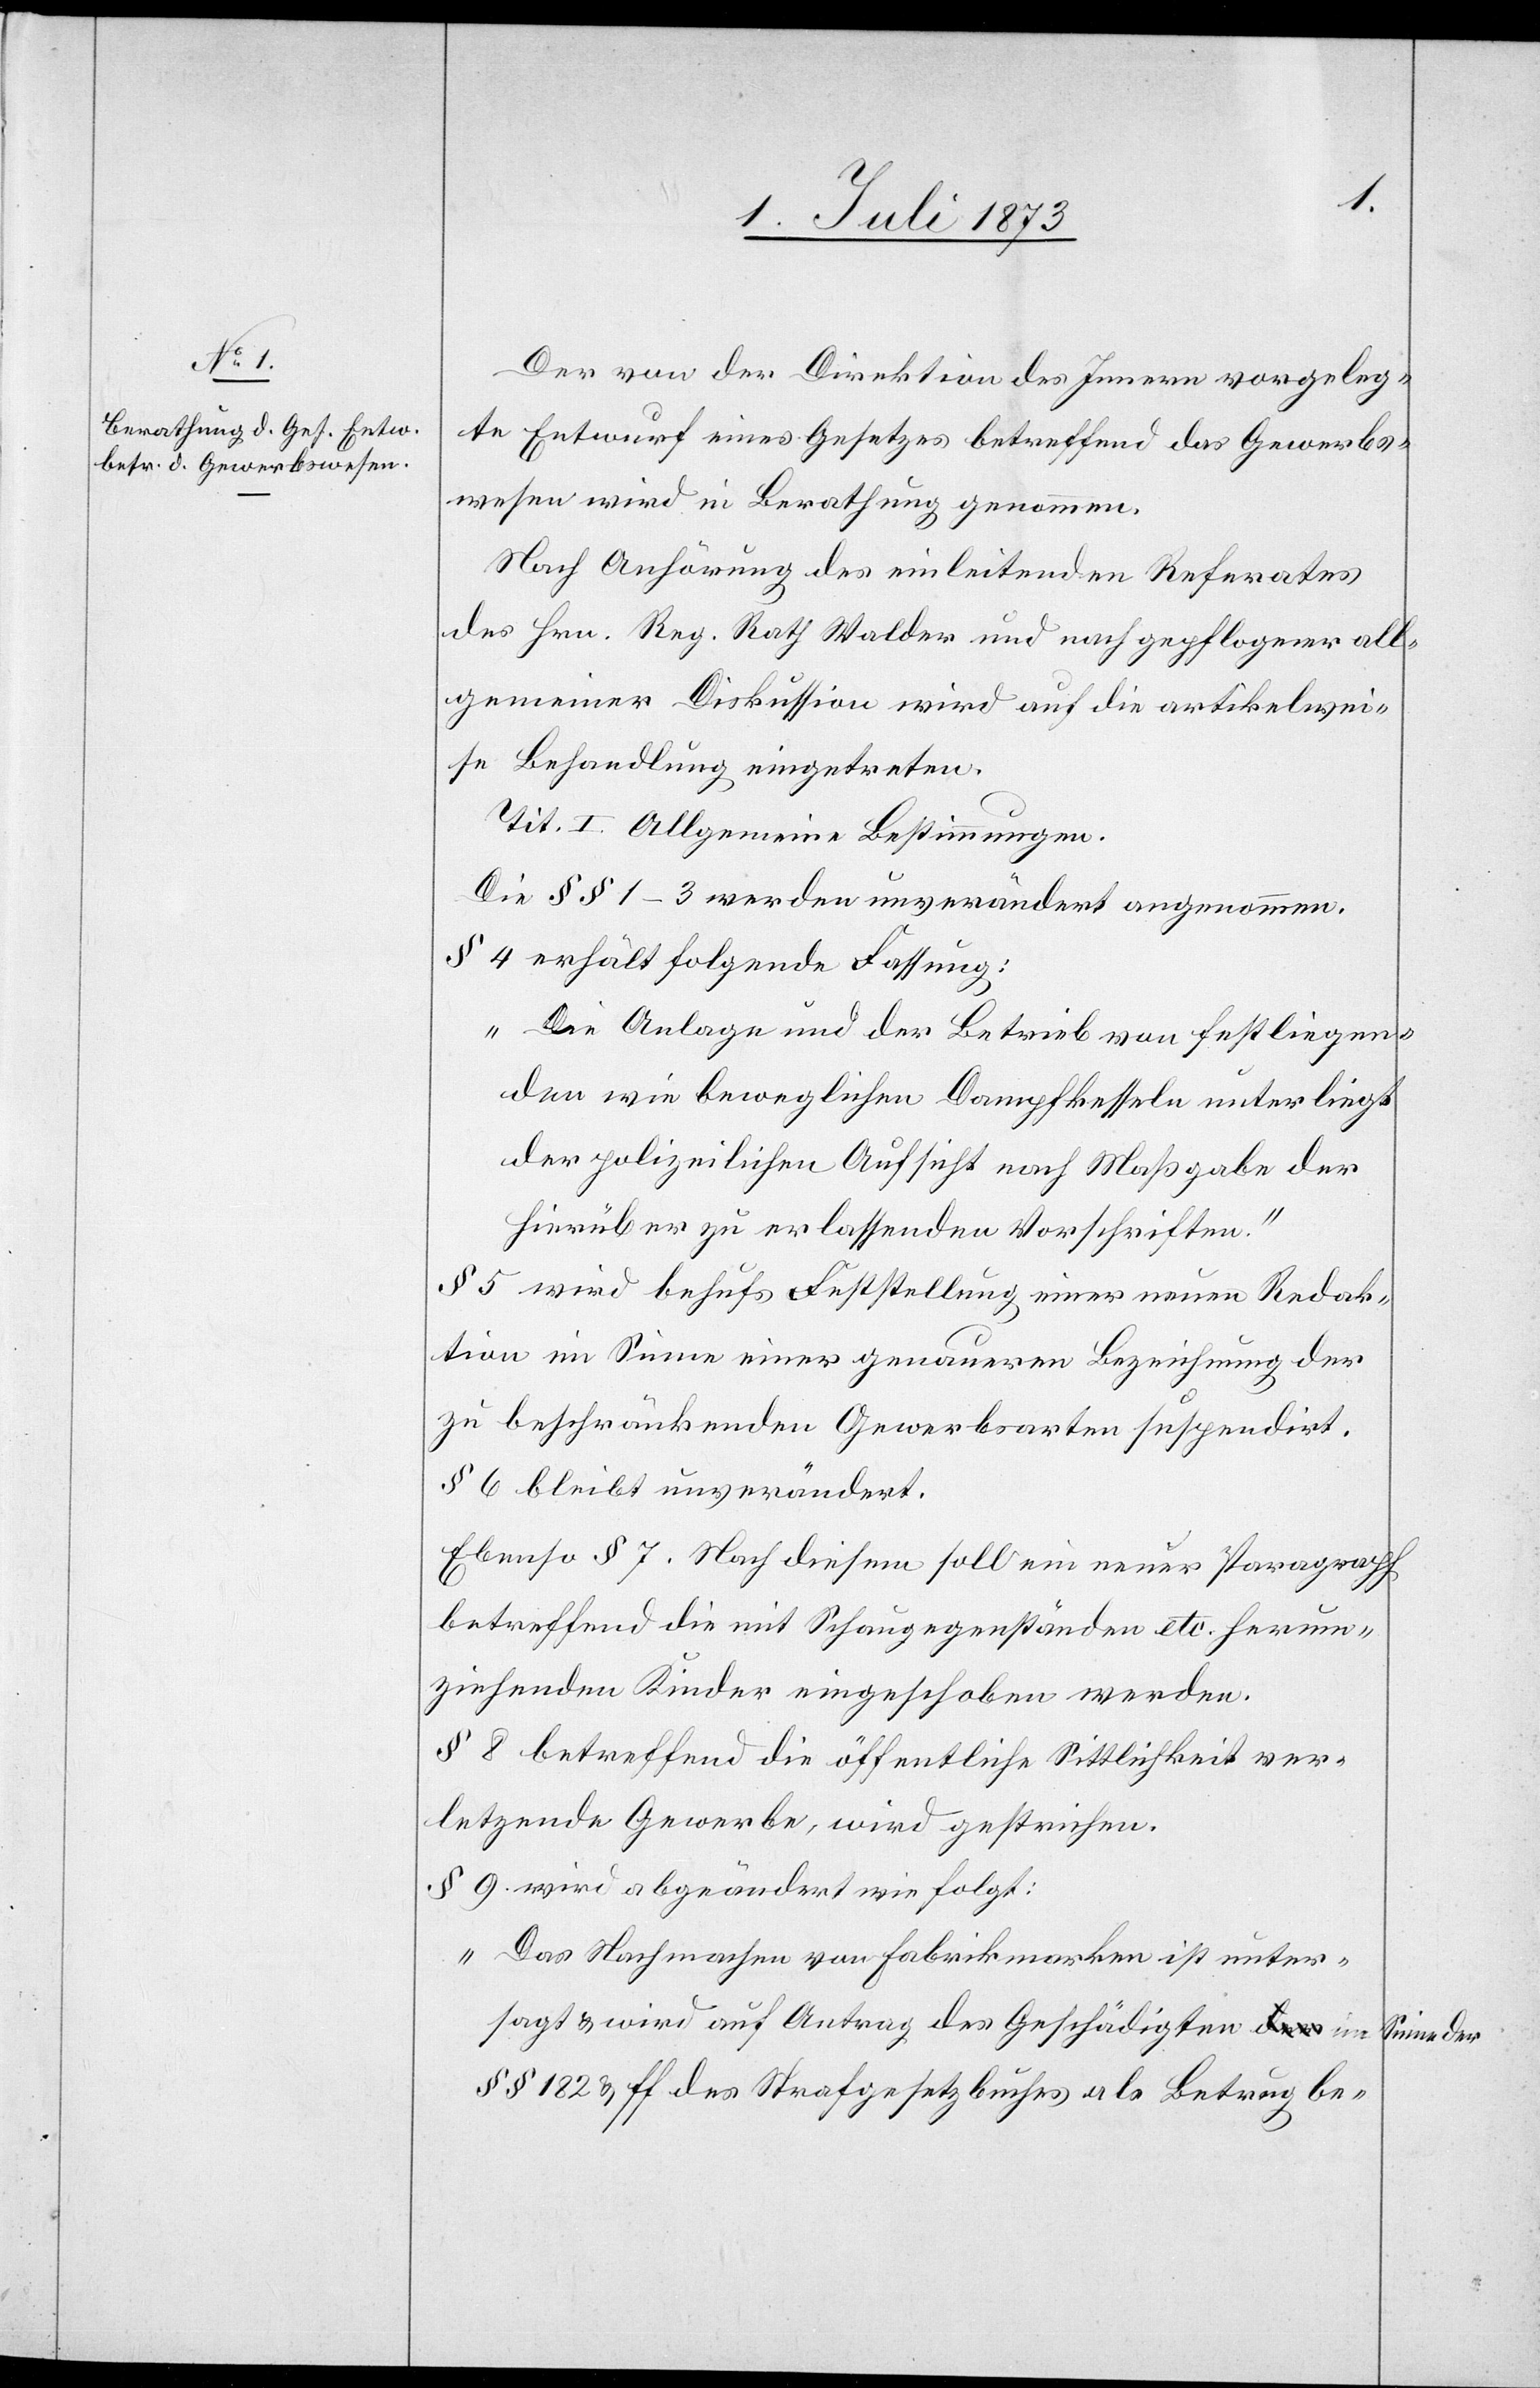
Der von der Direktion des Innern vorgeleg¬
te Entwurf eines Gesetzes betreffend das Gewerbs¬
wesen wird in Berathung genommen.
Nach Anhörung des einleitenden Referates
des Hrn. Reg. Rath Walder und nach gepflogener all¬
gemeiner Diskussion wird auf die artikelwei¬
se Behandlung eingetreten.
Tit. I. Allgemeine Bestimmungen.
Die § § 1–3 werden unverändert angenommen.
§ 4 erhält folgende Fassung:
„Die Anlage und der Betrieb von festliegen¬
den wie beweglichen Dampfkesseln unterliegt
der polizeilichen Aufsicht nach Maßgabe der
hierüber zu erlassenden Vorschriften.“
§ 5 wird behufs Feststellung einer neuen Redak¬
tion im Sinne einer genaueren Bezeichnung der
zu beschränkenden Gewerbsarten suspendirt.
§ 6 bleibt unverändert.
Ebenso § 7. Nach diesem soll ein neuer Paragraph
betreffend die mit Schaugegenständen etc. herum¬
ziehenden Kinder eingeschoben werden.
§ 8 betreffend die öffentliche Sittlichkeit ver¬
letzende Gewerbe, wird gestrichen.
§ 9 wird abgeändert wie folgt:
„Das Nachmachen von Fabrikmarken ist unter¬
sagt & wird auf Antrag des Geschädigten im
§ § 182 & ff des Strafgesetzbuches als Betrug be-

Sinne der